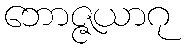
ဘောဇ္ဇယာဂု